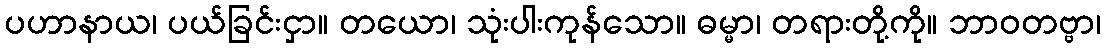
ပဟာနာယ၊ ပယ်ခြင်းငှာ။ တယော၊ သုံးပါးကုန်သော။ ဓမ္မာ၊ တရားတို့ကို။ ဘာဝတဗ္ဗာ၊